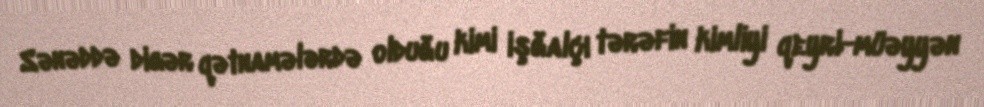
Sənəddə digər qətnamələrdə olduğu kimi işğalçı tərəfin kimliyi qeyri-müəyyən